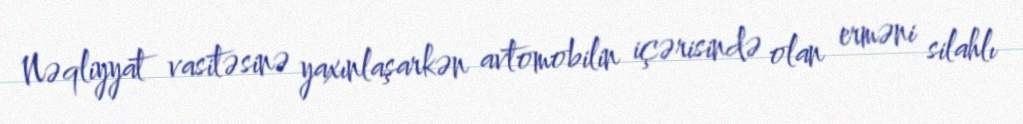
Nəqliyyat vasitəsinə yaxınlaşarkən avtomobilin içərisində olan erməni silahlı